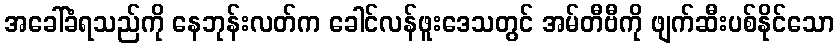
အခေါ်ခံရသည်ကို နေဘုန်းလတ်က ခေါင်လန်ဖူးဒေသတွင် အမ်တီဗီကို ဖျက်ဆီးပစ်နိုင်သော